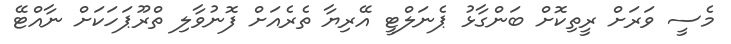
މެސީ ވަރަށް ރީތިކޮށް ބަންގާޅު ޕެނަލްޓީ އޭރިޔާ ތެރެއަށް ފޮނުވާލި ތްރޫޕަހަކަށް ނާއްޓޭ